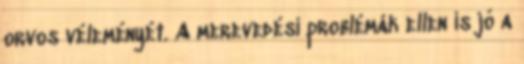
orvos véleményét. A merevedési problémák ellen is jó a